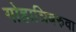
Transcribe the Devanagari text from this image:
गोहाञिबरुवा